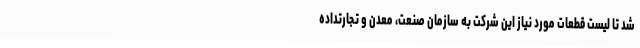
شد تا لیست قطعات مورد نیاز این شرکت به سازمان صنعت، معدن و تجارتداده